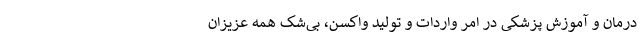
درمان و آموزش پزشکی در امر واردات و تولید واکسن، بی­شک همه عزیزان